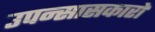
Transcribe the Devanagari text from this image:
उपन्सासकारों